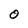
Character: O